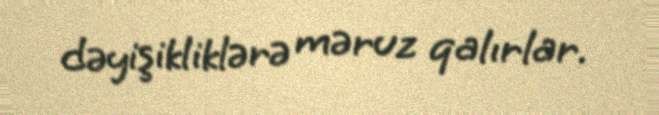
dəyişikliklərə məruz qalırlar.